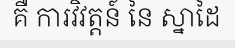
គឺ ការវិវត្តន៍ នៃ ស្នាដៃ